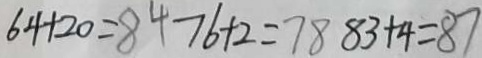
6 4 + 2 0 = 8 4 7 6 + 2 = 7 8 8 3 + 4 = 8 7